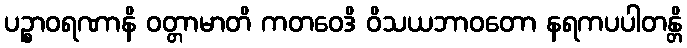
ပဉ္စာဝရဏာနိ ဝတ္တာမာတိ ကတဝေဒိ ဝိသယဘာဝတော နရကပပါတန္တိ